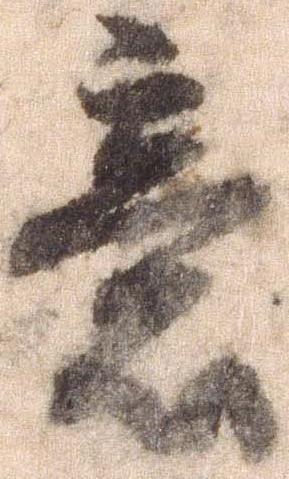
意